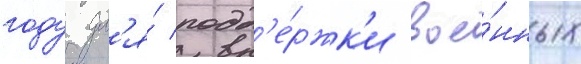
году дл'я́ подд'е́ржк'и вое́нных